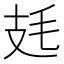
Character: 㲍